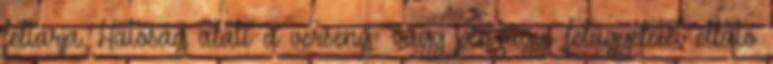
feltárja. Hatóság alatt a verseny- vagy pénzügyi felügyeletet ellátó